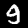
Digit: 9